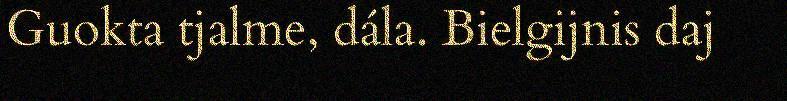
Guokta tjalme, dála. Bielgijnis daj